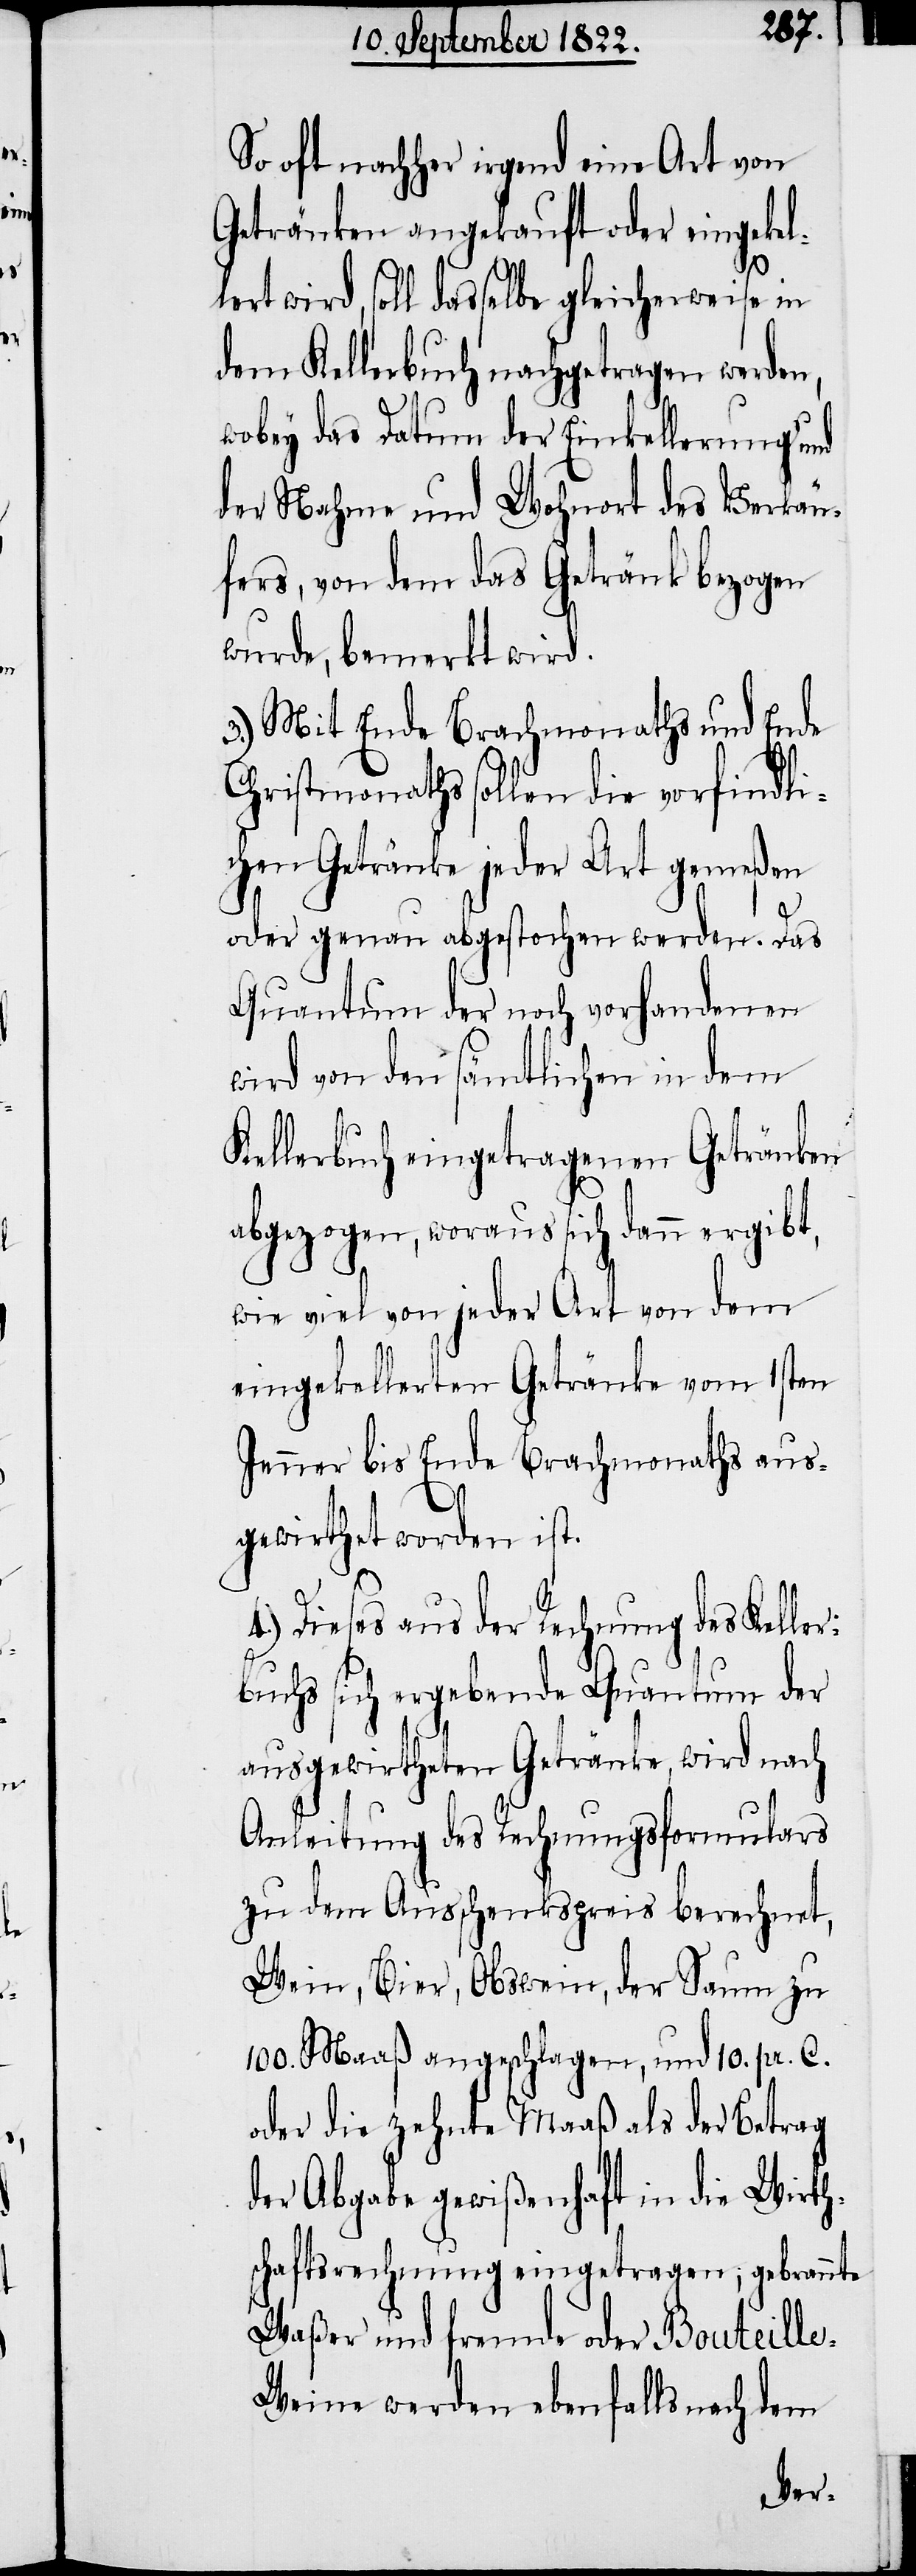
So oft nachher irgend eine Art von
Getränken angekauft oder eingekel¬
lert wird, soll dasselbe gleicherweise in
dem Kellerbuch nachgetragen werden,
fers, von dem das Getränk bezogen
wurde, bemerkt wird.
3.) Mit Ende des Brachmonaths und Ende
Christmonath sollen die vorfindli¬
chen Getränke jeder Art gemeßen
oder genau abgestochen werden. Das
Quantum der noch vorhandenen
wird von den sämtlichen in dem
Kellerbuch eingetragenen Getränken
abgezogen, woraus sich dann ergibt,
wie viel von jeder Art von dem
eingekellerten Getränke vom 1sten
Jenner bis Ende Brachmonath aus¬
gewirthet worden ist.
4.) Dieses aus der Rechnung des Kelle¬
rbuchs sich ergebende Quantum der
ausgewirtheten Getränke, wird nach
Anleitung des Rechnungsformulars
zu dem Ausschenkspreis berechnet,
Wein, Bier, Obswein, der Saum zu
100. Maaß angeschlagen, und 10. pr. C.
oder die zehnte Maaß als der Betrag
der Abgabe gewißenhaft in die Wirth¬
schaftsrechnung eingetragen; gebrannte
Waßer und fremde oder Bouteill¬
e-Weine werden ebenfalls nach dem
Ver¬

käu¬